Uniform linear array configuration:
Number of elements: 8
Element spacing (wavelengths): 0.25
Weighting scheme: kaiser
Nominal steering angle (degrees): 60
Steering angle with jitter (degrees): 58.487
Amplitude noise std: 0.05
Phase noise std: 0.05

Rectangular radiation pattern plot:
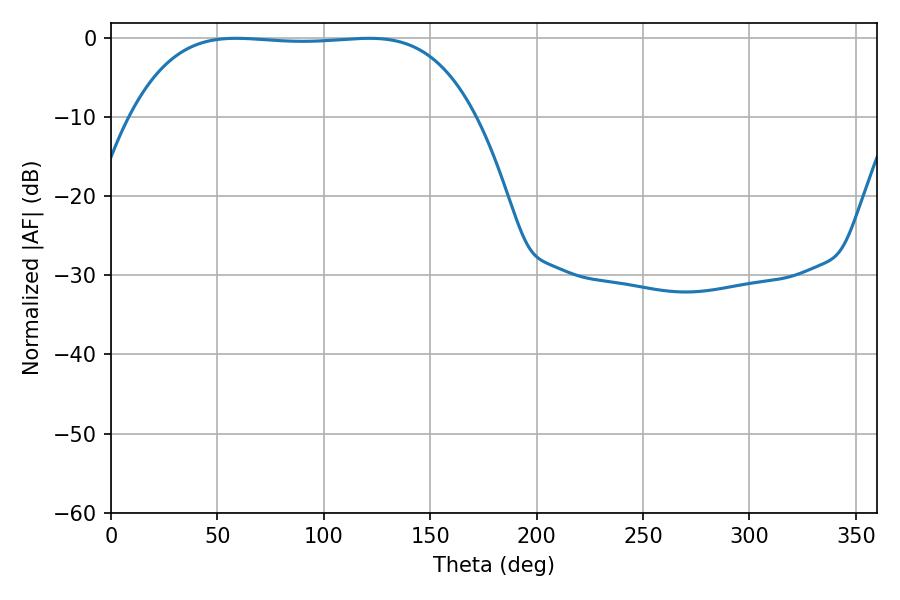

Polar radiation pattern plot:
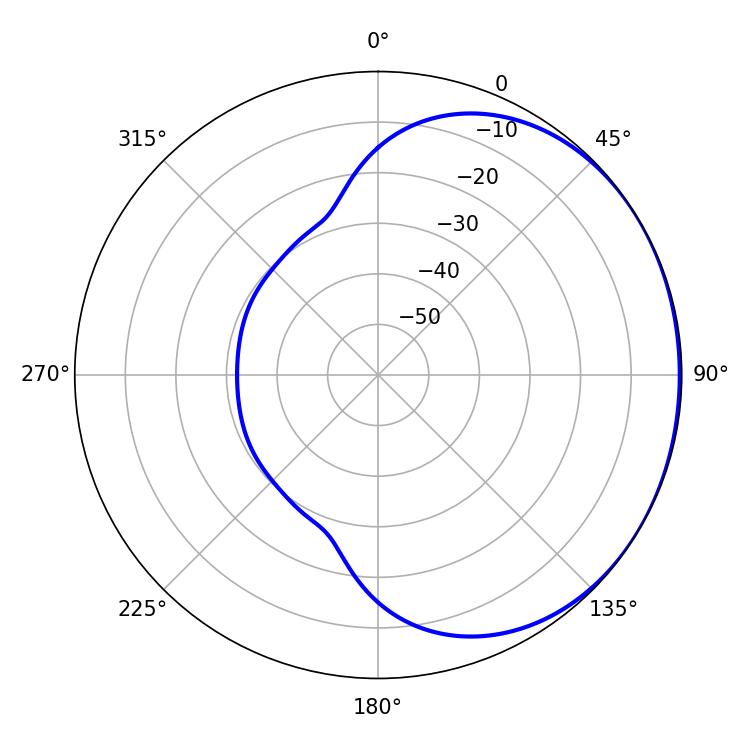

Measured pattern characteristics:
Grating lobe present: FALSE
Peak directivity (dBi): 0.7296
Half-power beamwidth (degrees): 126
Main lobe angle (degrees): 58.86